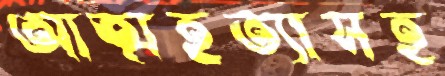
আত্মহত্যাসহ